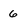
Character: 6